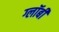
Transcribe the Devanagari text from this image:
ग्लॉबी